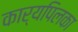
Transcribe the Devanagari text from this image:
कार्यपिलका